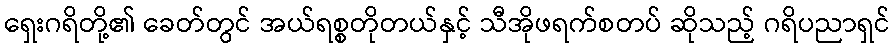
ရှေးဂရိတို့၏ ခေတ်တွင် အယ်ရစ္စတိုတယ်နှင့် သီအိုဖရက်စတပ် ဆိုသည့် ဂရိပညာရှင်